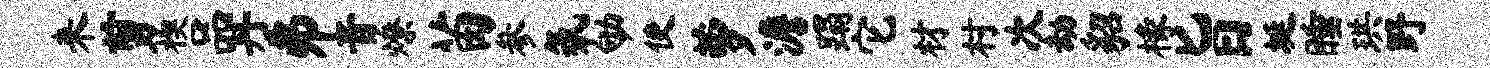
来剪楔品丹井音燎苗参氛劬使萝澹蹋它材村次劫貂椽旨埏睡珙野